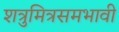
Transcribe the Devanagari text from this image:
शत्रुमित्रसमभावी